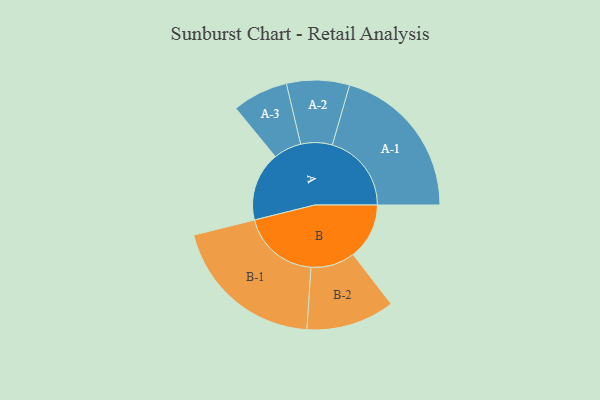
{"axis": {"x": "Segment", "y": "Value"}, "legend": ["", "A", "B"], "data": [{"x": "A", "y": 255, "type": ""}, {"x": "B", "y": 207, "type": ""}, {"x": "A-1", "y": 292, "type": "A"}, {"x": "A-2", "y": 116, "type": "A"}, {"x": "A-3", "y": 103, "type": "A"}, {"x": "B-1", "y": 286, "type": "B"}, {"x": "B-2", "y": 163, "type": "B"}]}